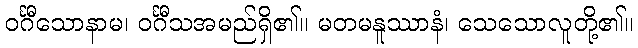
ဝင်္ဂီသောနာမ၊ ဝင်္ဂီသအမည်ရှိ၏။ မတမနူဿာနံ၊ သေသောလူတို့၏။